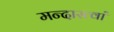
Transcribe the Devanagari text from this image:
मन्दास्त्वां